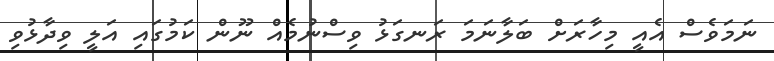
ނަމަވެސް އެއީ މިހާރަށް ބަލާނަމަ ރަނގަޅު ވިސްނުމެއް ނޫން ކަމުގައި އަލީ ވިދާޅުވި